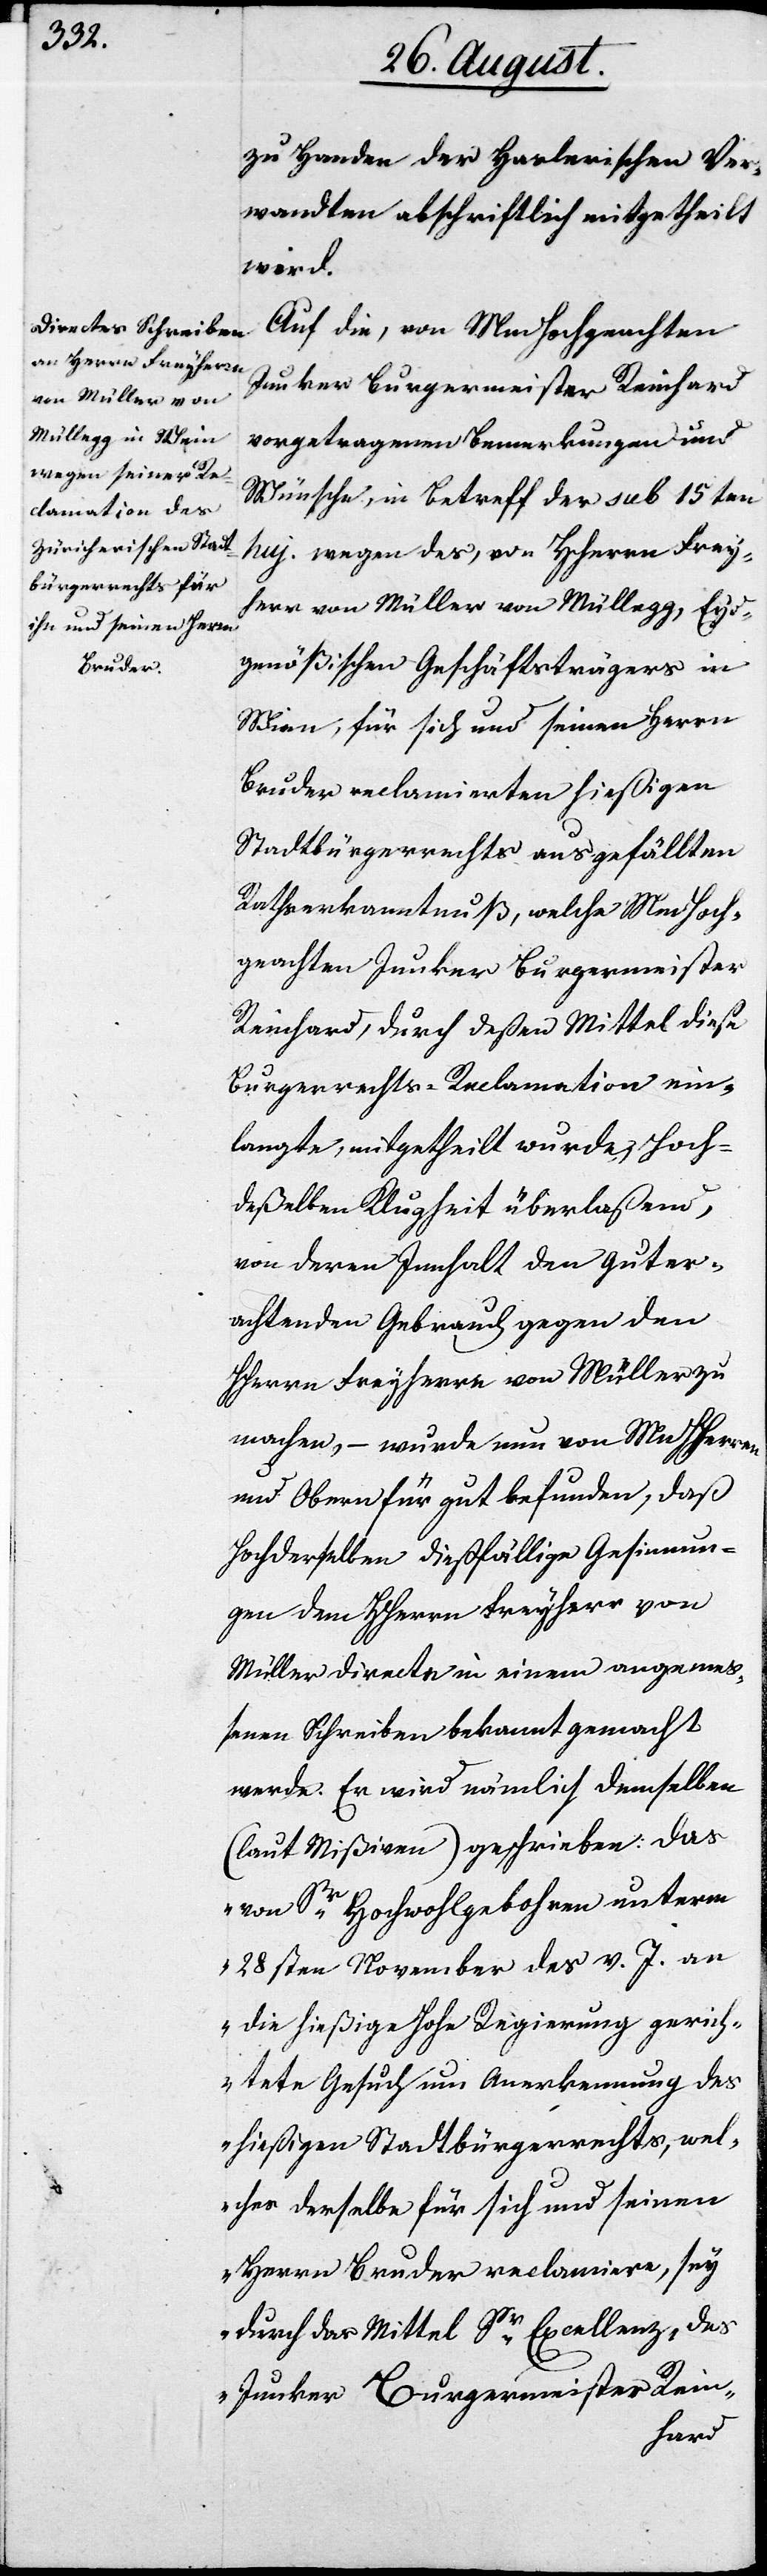
zu Handen der Haslerischen Ver¬
wandten abschriftlich mitgetheilt
wird.
Auf die, von MmHochgeachten
Junker Burgermeister Reinhard
vorgetragenen Bemerkungen und
Wünsche, in Betreff des sub 15ten
huj. wegen des, von HHerrn Frey¬
herr von Müller von Müllegg, Eyd¬
genößischen Geschäftsträgers in
Wien, für sich und seinen
Bruder reclamierten hießigen
Stadtbürgerrechts ausgefällten
Rathserkanntnuß, welche MmHoch¬
geachten Junker Bürgermeister
Reinhard, durch deßen Mittel diese
Burgerrechts-Reclamation ein¬
langte, mitgetheilt wurde, Hoch¬
deßelben Klugheit überlaßen,
von deren Innhalt den guter¬
achtenden Gebrauch gegen den
HHerrn Freyherrn von Müller zu
machen, – wurde nun von MnHHerren
und Obern für gut befunden, daß
Hochderselben dießfällige Gesinnun¬
gen dem HHerrn Freyherr von
Müller directe in einem angeme¬
ßenen Schreiben bekannt gemacht
werde. Es wird nämlich demselben
(laut Mißiven) geschrieben: das
„von Sr. Hochwohlgebohren unterm
28sten November des v. J. an
die hießige Hohe Regierung gerich¬
tete Gesuch um Anerkennung des
hießigen Stadtbürgerrechts, wel¬
ches derselbe für sich und seinen
Herrn Bruder reclamiere, sey
durch das Mittel Sr. Excellenz, des
Junker Burgermeister Rein-